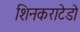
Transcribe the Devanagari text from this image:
शिनकराटेडो